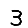
Digit: 3